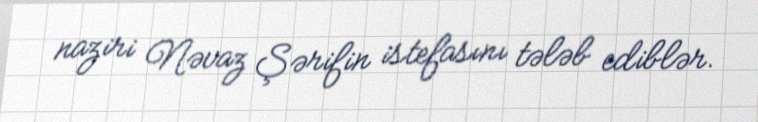
naziri Nəvaz Şərifin istefasını tələb ediblər.